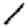
Digit: 1